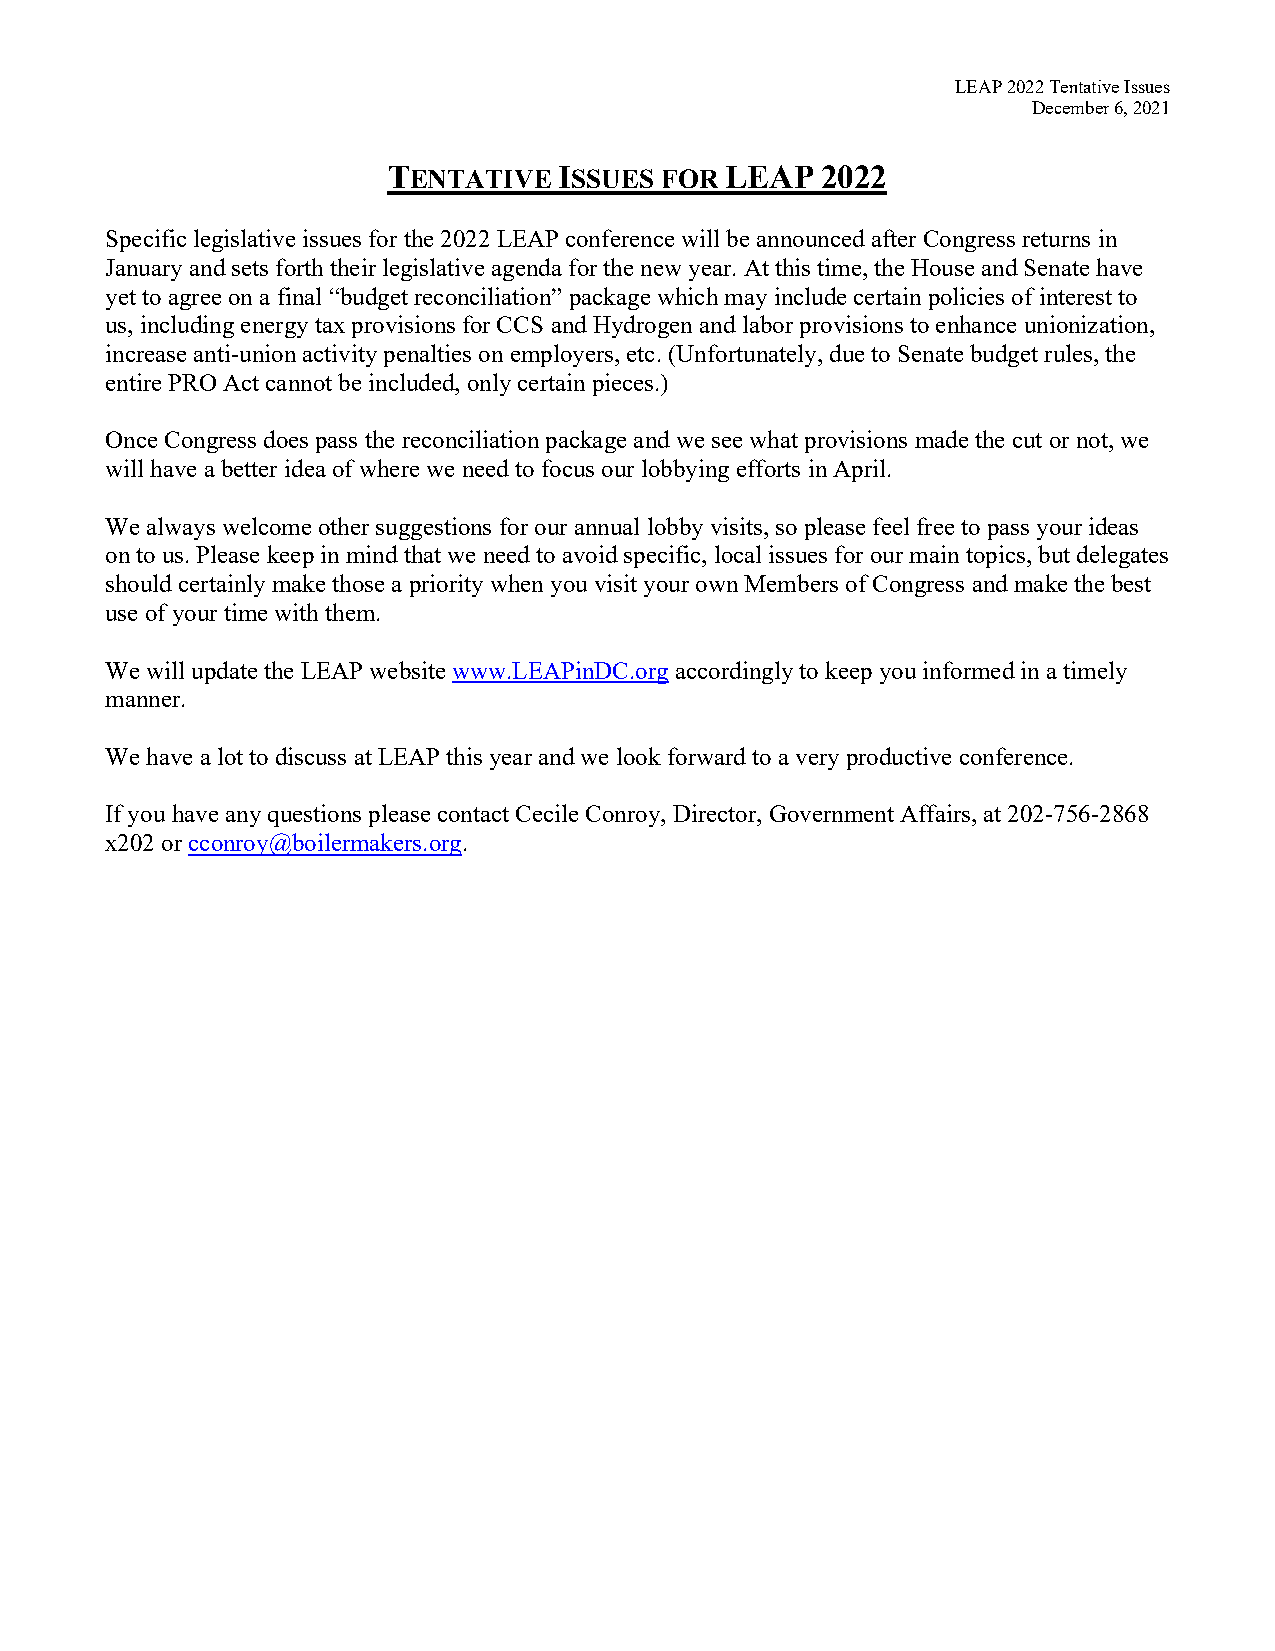
LEAP 2022 Tentative Issues
 December 6, 2021
 TENTATIVE  ISSUES FOR LEAP  2022
 Specific legislative issues for the 2022 LEAP conference will be announced after Congress returns in
 January and sets forth their legislative agenda for the new year. At this time, the House and Senate have
 yet to agree on a final “budget reconciliation” package which may include certain policies of interest to
 us, including energy tax provisions for CCS and Hydrogen and labor provisions to enhance unionization,
 increase anti-union activity penalties on employers, etc. (Unfortunately, due to Senate budget rules, the
 entire PRO Act cannot be included, only certain pieces.)
 Once Congress does pass the reconciliation package and we see what provisions made the cut or not, we
 will have a better idea of where we need to focus our lobbying efforts in April.
 We always welcome other suggestions for our annual lobby visits, so please feel free to pass your ideas
 on to us. Please keep in mind that we need to avoid specific, local issues for our main topics, but delegates
 should certainly make those a priority when you visit your own Members of Congress and make the best
 use of your time with them.
 We will update the LEAP website www.LEAPinDC.org accordingly to keep you informed in a timely
 manner.
 We have a lot to discuss at LEAP this year and we look forward to a very productive conference.
 If you have any questions please contact Cecile Conroy, Director, Government Affairs, at 202-756-2868
 x202 or cconroy@boilermakers.org.